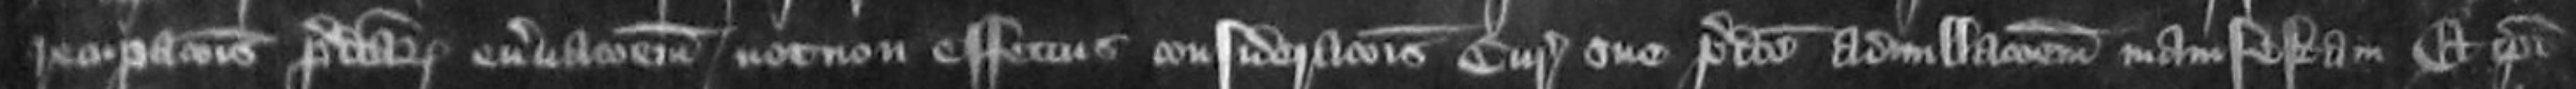
recuperationis predictorum enervationem necnon effectus considerationis Curie sue predicte adnullationem manifestam Et ipsi